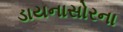
ડાયનાસોરના